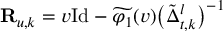
\begin{array} { r } { \mathbf { R } _ { u , k } = v \mathrm { I d } - \widetilde { \varphi _ { 1 } } ( v ) \big ( \tilde { \Delta } _ { t , k } ^ { l } \big ) ^ { - 1 } } \end{array}